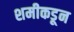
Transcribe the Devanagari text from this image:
शमीकडून